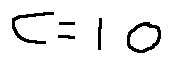
c = 1 0